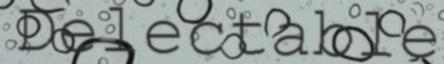
Delectable